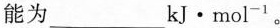
能为___kJ\cdot mol^{-1}。